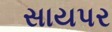
સાયપર